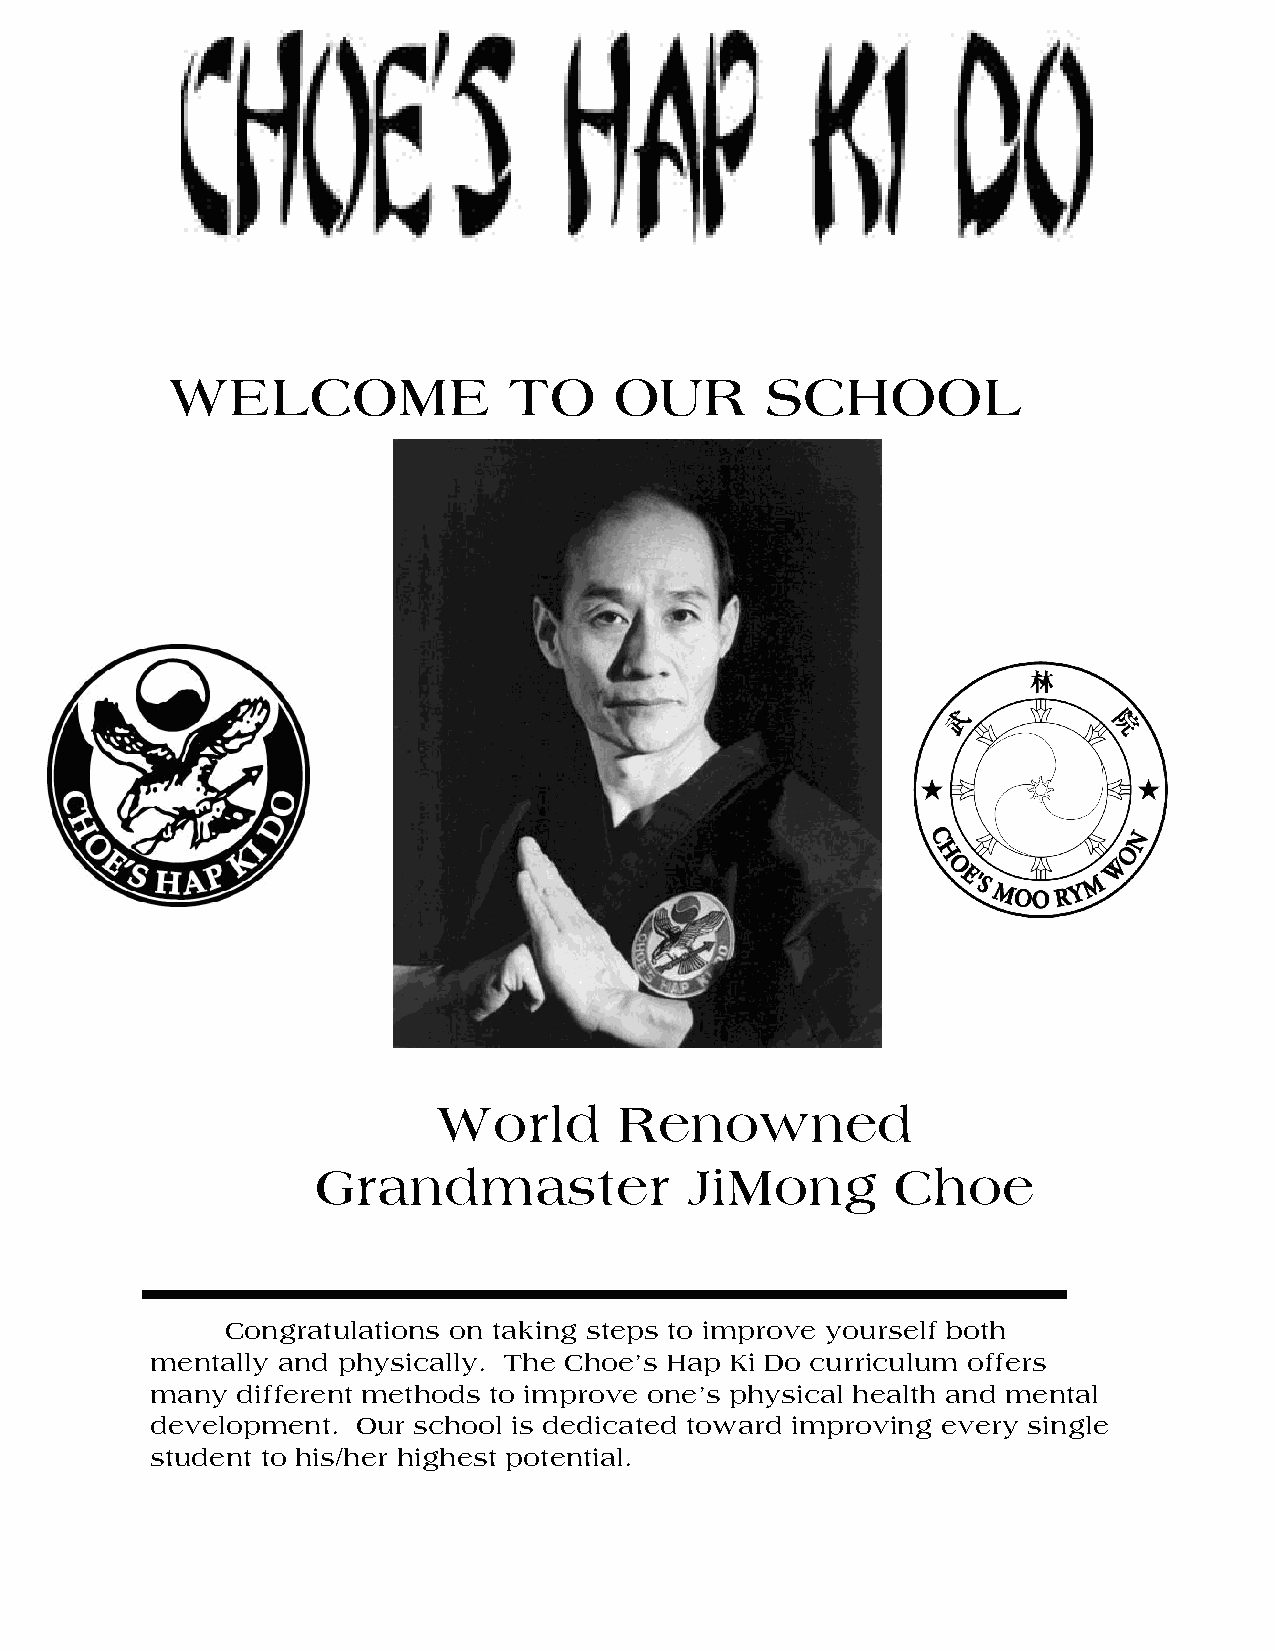
WELCOME                TO     OUR       SCHOOL
 World       Renowned
 Grandmaster             JiMong        Choe
 Congratulations on taking steps to improve yourself both
 mentally and physically. The Choe’s Hap Ki Do curriculum offers
 many  different methods to improve one’s physical health and mental
 development.  Our school is dedicated toward improving every single
 student to his/her highest potential.